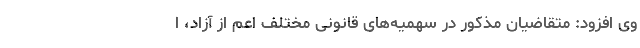
وی افزود: متقاضیان مذکور در سهمیه‌های قانونی مختلف اعم از آزاد، ا